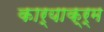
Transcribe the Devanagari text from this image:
कार्याक्र्म